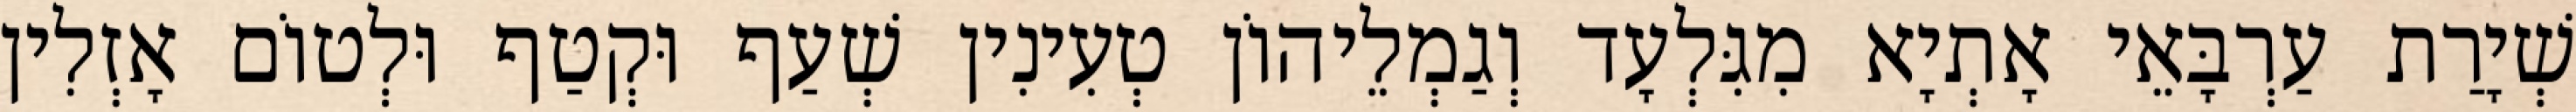
שְׁיָרַת עַרְבָּאֵי אָתְיָא מִגִּלְעָד וְגַמְלֵיהוֹן טְעִינִין שְׁעַף וּקְטַף וּלְטוֹם אָזְלִין